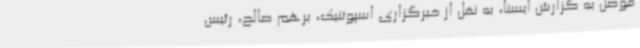
موصل به گزارش ایسنا، به نقل از خبرگزاری اسپوتنیک، برهم صالح، رئیس